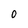
Character: 0